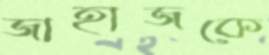
জাহাজকে